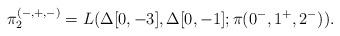
LaTeX: \begin{align*}\pi_2^{(-,+,-)} = L(\Delta[0,-3], \Delta[0,-1]; \pi(0^-,1^+,2^-)).\end{align*}